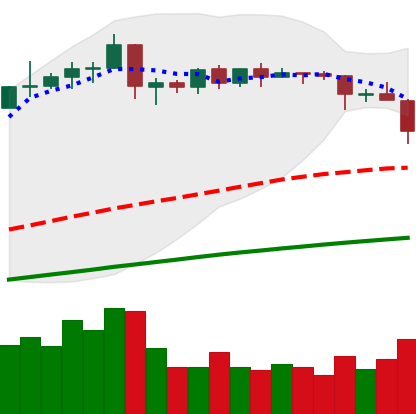
Ticker: EOS-USD
Chart end date: 2019-04-24
Forward return: -5.808%
Label: down_5_7